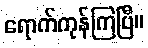
ရောက်ကုန်ကြပြီ။